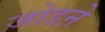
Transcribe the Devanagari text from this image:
जोडऩे